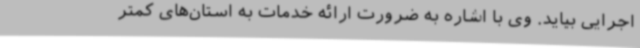
اجرایی بیاید. وی با اشاره به ضرورت ارائه خدمات به استان‌های کمتر